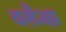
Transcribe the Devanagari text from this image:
वगै़रहा